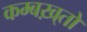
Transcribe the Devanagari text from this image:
कम्बख़्तों